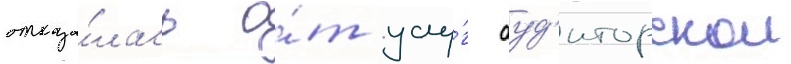
отказа́лась о́т услу́г ауд'иторскои